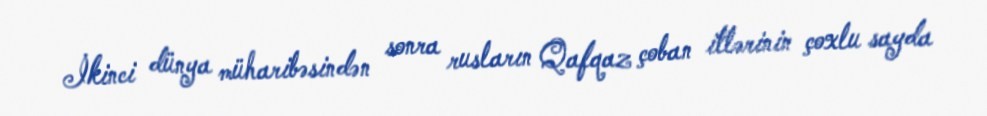
İkinci dünya müharibəsindən sonra rusların Qafqaz çoban itlərinin çoxlu sayda